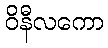
ဝိနီလကော